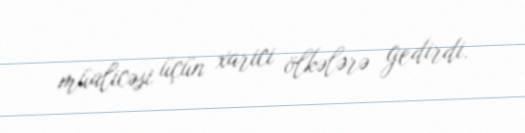
müalicəsi üçün xarici ölkələrə gedirdi.